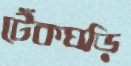
টেঁকঘড়ি